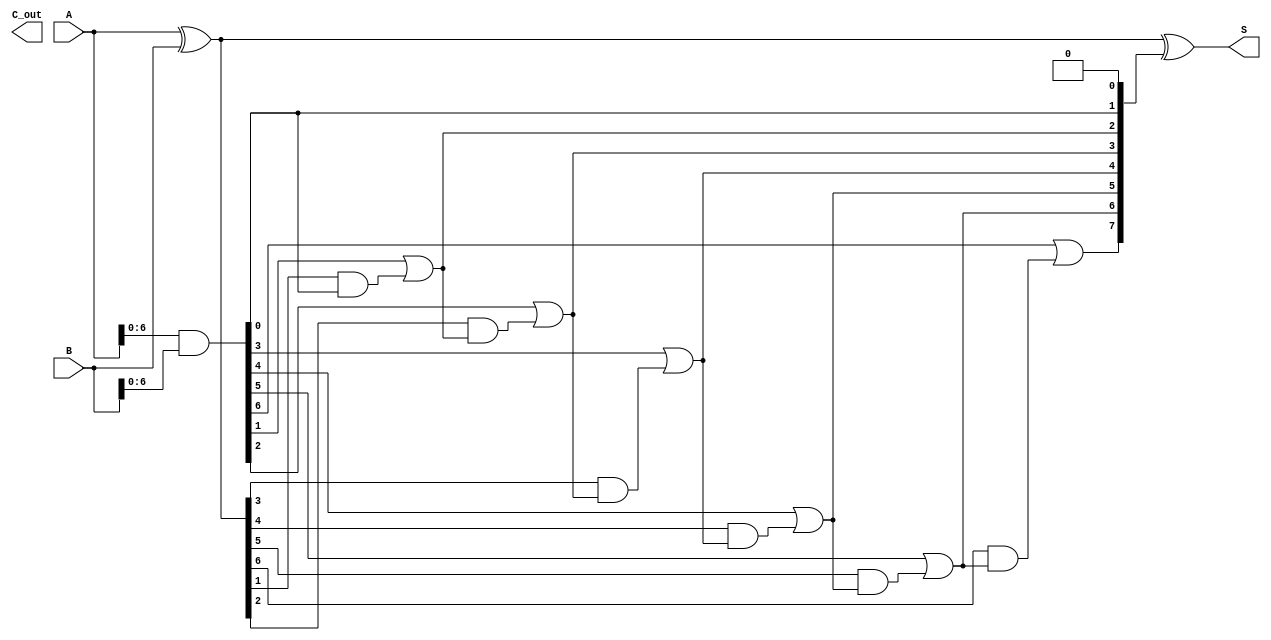
module kogge_stone_adder #(parameter n = 8) (
    input  [n-1:0] A,  // First input
    input  [n-1:0] B,  // Second input
    output [n-1:0] S,  // Sum output
    output        C_out // Carry out
);

    // Generate and Propagate signals
    wire [n-1:0] G; // Generate
    wire [n-1:0] P; // Propagate
    wire [n-1:0] C; // Carry

    assign G = A & B;             // Generate signal
    assign P = A ^ B;             // Propagate signal

    // Initial carry
    assign C[0] = 1'b0; // C[0] = 0

    // Kogge-Stone Prefix Network
    genvar i, j;
    generate
        // Compute carries for each level
        for (i = 0; i < n; i = i + 1) begin : carry_generation
            if (i == 0) begin
                assign C[i + 1] = G[i] | (P[i] & C[i]);
            end else begin
                assign C[i + 1] = G[i] | (P[i] & C[i]);
            end
        end
    endgenerate

    // Sum calculation
    assign S = P ^ C[n-1:0]; // Sum bits

    // Final carry out
    assign C_out = C[n]; // Carry out is the last carry

endmodule